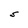
Character: S